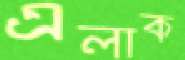
এলাক